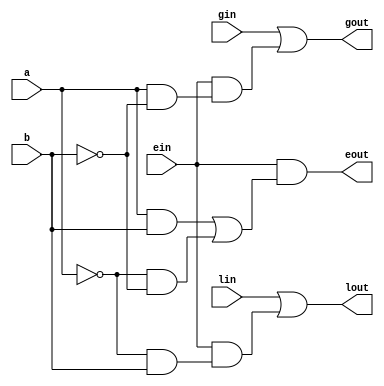
`timescale 1ns / 1ps
//////////////////////////////////////////////////////////////////////////////////
// Company: 
// Engineer: 
// 
// Design Name: 
// Module Name:    one_bit_comp 
// Project Name: 
// Target Devices: 
// Tool versions: 
// Description: 
//
// Dependencies: 
//
// Revision: 
// Revision 0.01 - File Created
// Additional Comments: 
//
//////////////////////////////////////////////////////////////////////////////////
module one_bit_comp(a,b,lin ,ein ,gin, lout,eout,gout);
input a;
input b;
input lin;
input gin;
input ein;
output lout;
output eout;
output gout;
wire lout , eout , gout;
assign lout=(lin|(ein &(~a & b)));
assign gout=(gin |(ein &(a & ~b)));
assign eout=(ein & ((a & b)|(~a & ~b)));
endmodule